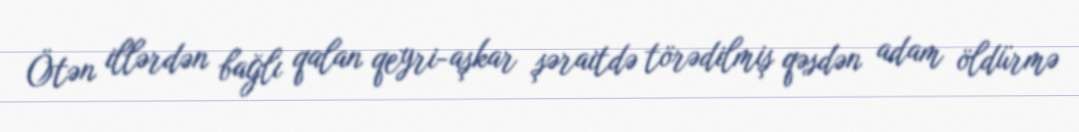
Ötən illərdən bağlı qalan qeyri-aşkar şəraitdə törədilmiş qəsdən adam öldürmə